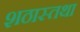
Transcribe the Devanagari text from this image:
शठास्तथा